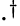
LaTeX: \cdot^{\dagger}